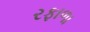
રફાળા